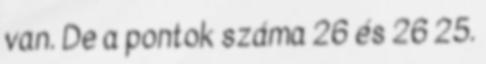
van. De a pontok száma 26 és 26 25.